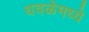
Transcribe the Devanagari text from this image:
धवळेमध्ये